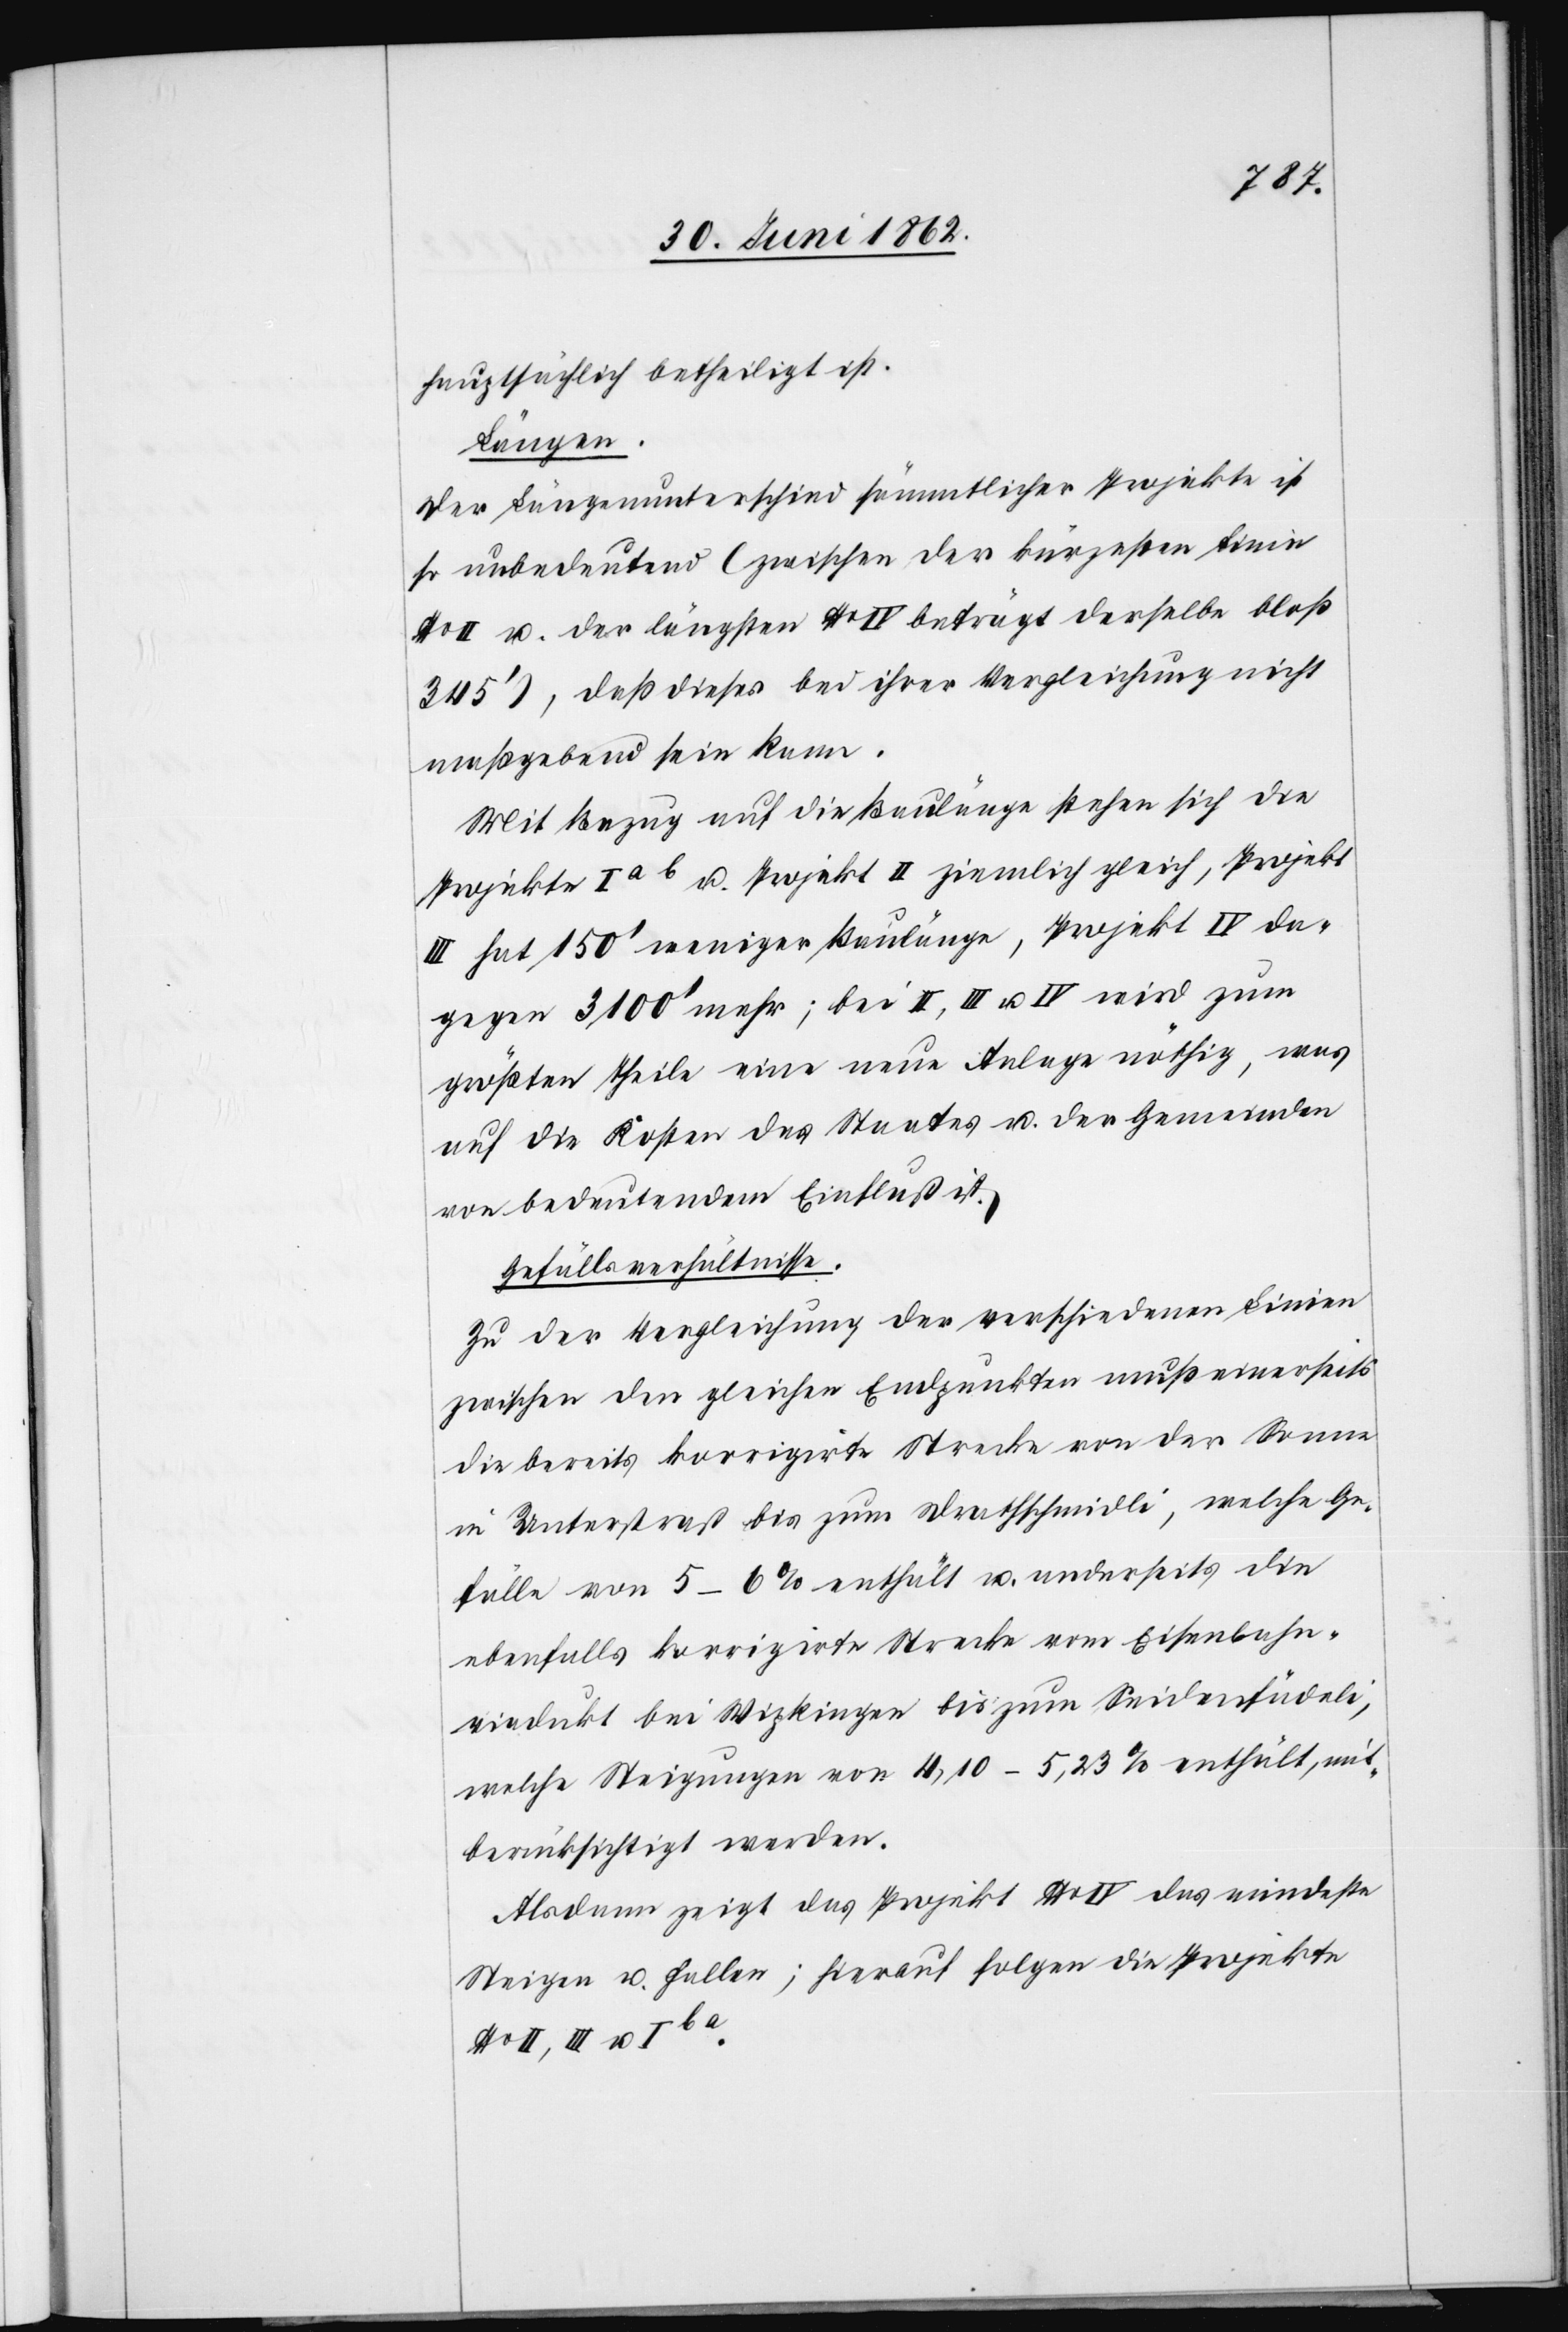
hauptsächlich betheiligt ist.
Längen.
Der Längenunterschied sämmtlicher Projekte ist
so unbedeutend (zwischen der Kürzesten Linie
II u. der längsten No IV beträgt derselbe bloß
345’), daß dieses bei ihrer Vergleichung nicht
maßgebend sein kann.
Mit Bezug auf die Baulänge stehen sich die
Projekte Ia b u. Projekt II ziemlich gleich, Projekt
II hat 150’ weniger Baulänge, Projekt IV da¬
gegen 3100’ mehr; bei II, III u. IV wird zum
größten Theile eine neue Anlage nöthig, was
auf die Kosten des Staates u. der Gemeinden
von bedeutendem Einfluß ist.
Gefällsverhältnisse.
Zu der Vergleichung der verschiedenen Linien
zwischen den gleichen Endpunkten muß einerseits
die bereits korrigirte Strecke von der Sonne
in Unterstraß bis zum Drathschmidli, welche Ge¬
fälle von 5–6% enthält u. anderseits die
ebenfalls korrigirte Strecke vom Eisenbahn¬
viadukt bei Wipkingen bis zum Seidenfädeli,
welche Steigungen von 4,10–5,23% enthält, mit¬
berücksichtigt werden.
Alsdann zeigt das Projekt No IV das mindeste
Steigen u. Fallen; hierauf folgen die Projekte
No II, III u. Ib a.